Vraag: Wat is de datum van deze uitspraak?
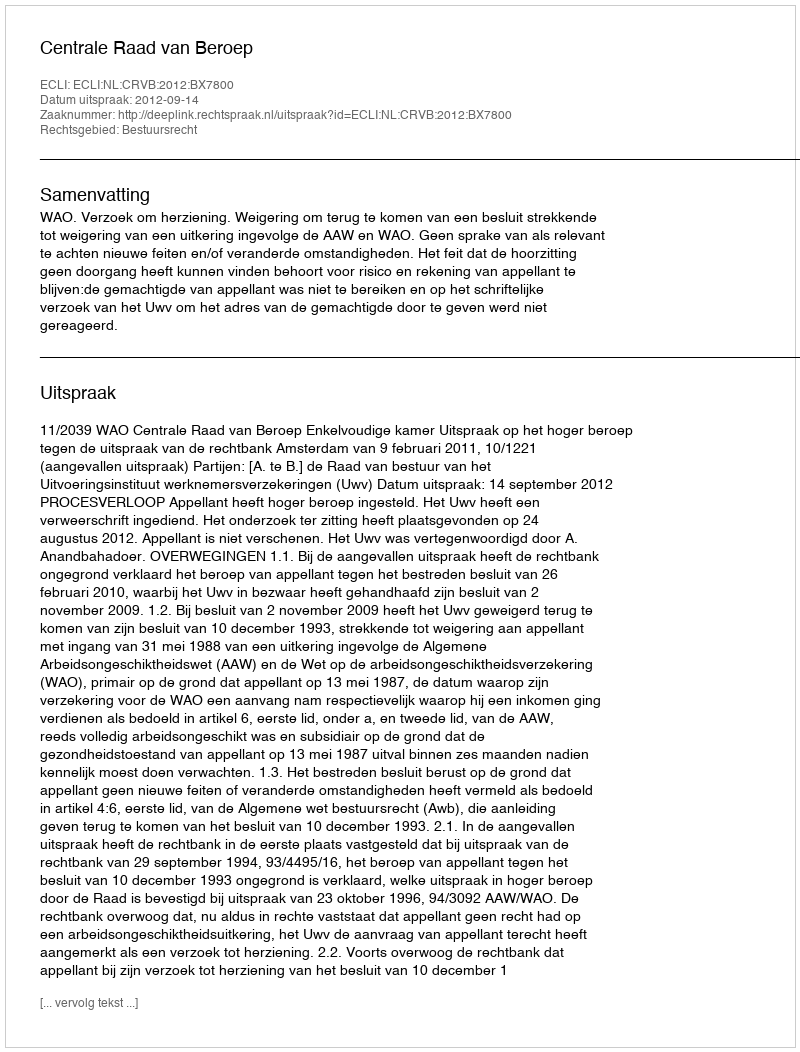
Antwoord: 2012-09-14